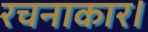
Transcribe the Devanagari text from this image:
रचनाकार।